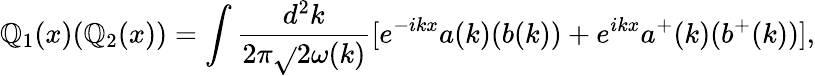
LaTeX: \mathbb{Q}_{1}(x)(\mathbb{Q}_{2}(x))=\int{\frac{{d^{2}k}}{{2\pi{\sqrt{}{{2\omega(k)}}}}}}[e^{-ikx}a(k)(b(k))+e^{ikx}a^{+}(k)(b^{+}(k))],